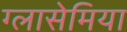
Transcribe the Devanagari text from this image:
ग्लासेमिया